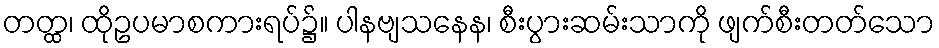
တတ္ထ၊ ထိုဥပမာစကားရပ်၌။ ပါနဗျသနေန၊ စီးပွားဆမ်းသာကို ဖျက်စီးတတ်သော